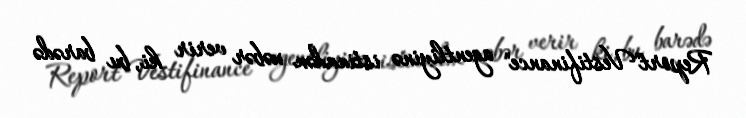
Report"Vestifinance" agentliyinə istinadən xəbər verir ki, bu barədə